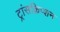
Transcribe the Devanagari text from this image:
ट्रांसक्रिप्‍शन